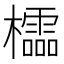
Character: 櫺